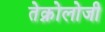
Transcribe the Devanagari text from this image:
तेक्नोलोजी